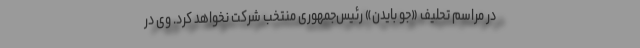
در مراسم تحلیف «جو بایدن» رئیس‌جمهوری منتخب شرکت نخواهد کرد. وی در